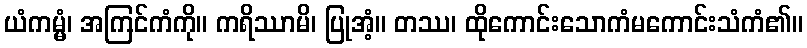
ယံကမ္မံ၊ အကြင်ကံကို။ ကရိဿာမိ၊ ပြုအံ့။ တဿ၊ ထိုကောင်းသောကံမကောင်းသံကံ၏။